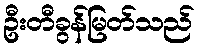
ဦးတီခွန်မြတ်သည်